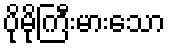
ပိုမိုကြီးမားသော